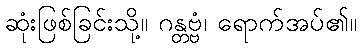
ဆုံးဖြစ်ခြင်းသို့။ ဂန္တဗ္ဗံ၊ ရောက်အပ်၏။